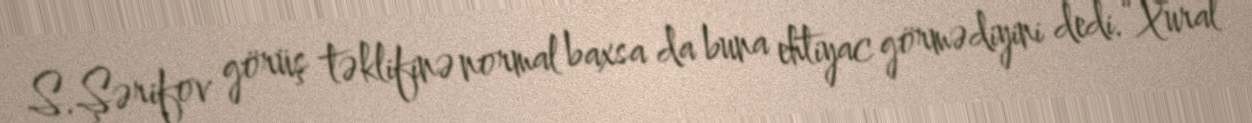
S.Şərifov görüş təklifinə normal baxsa da buna ehtiyac görmədiyini dedi.“Xural”